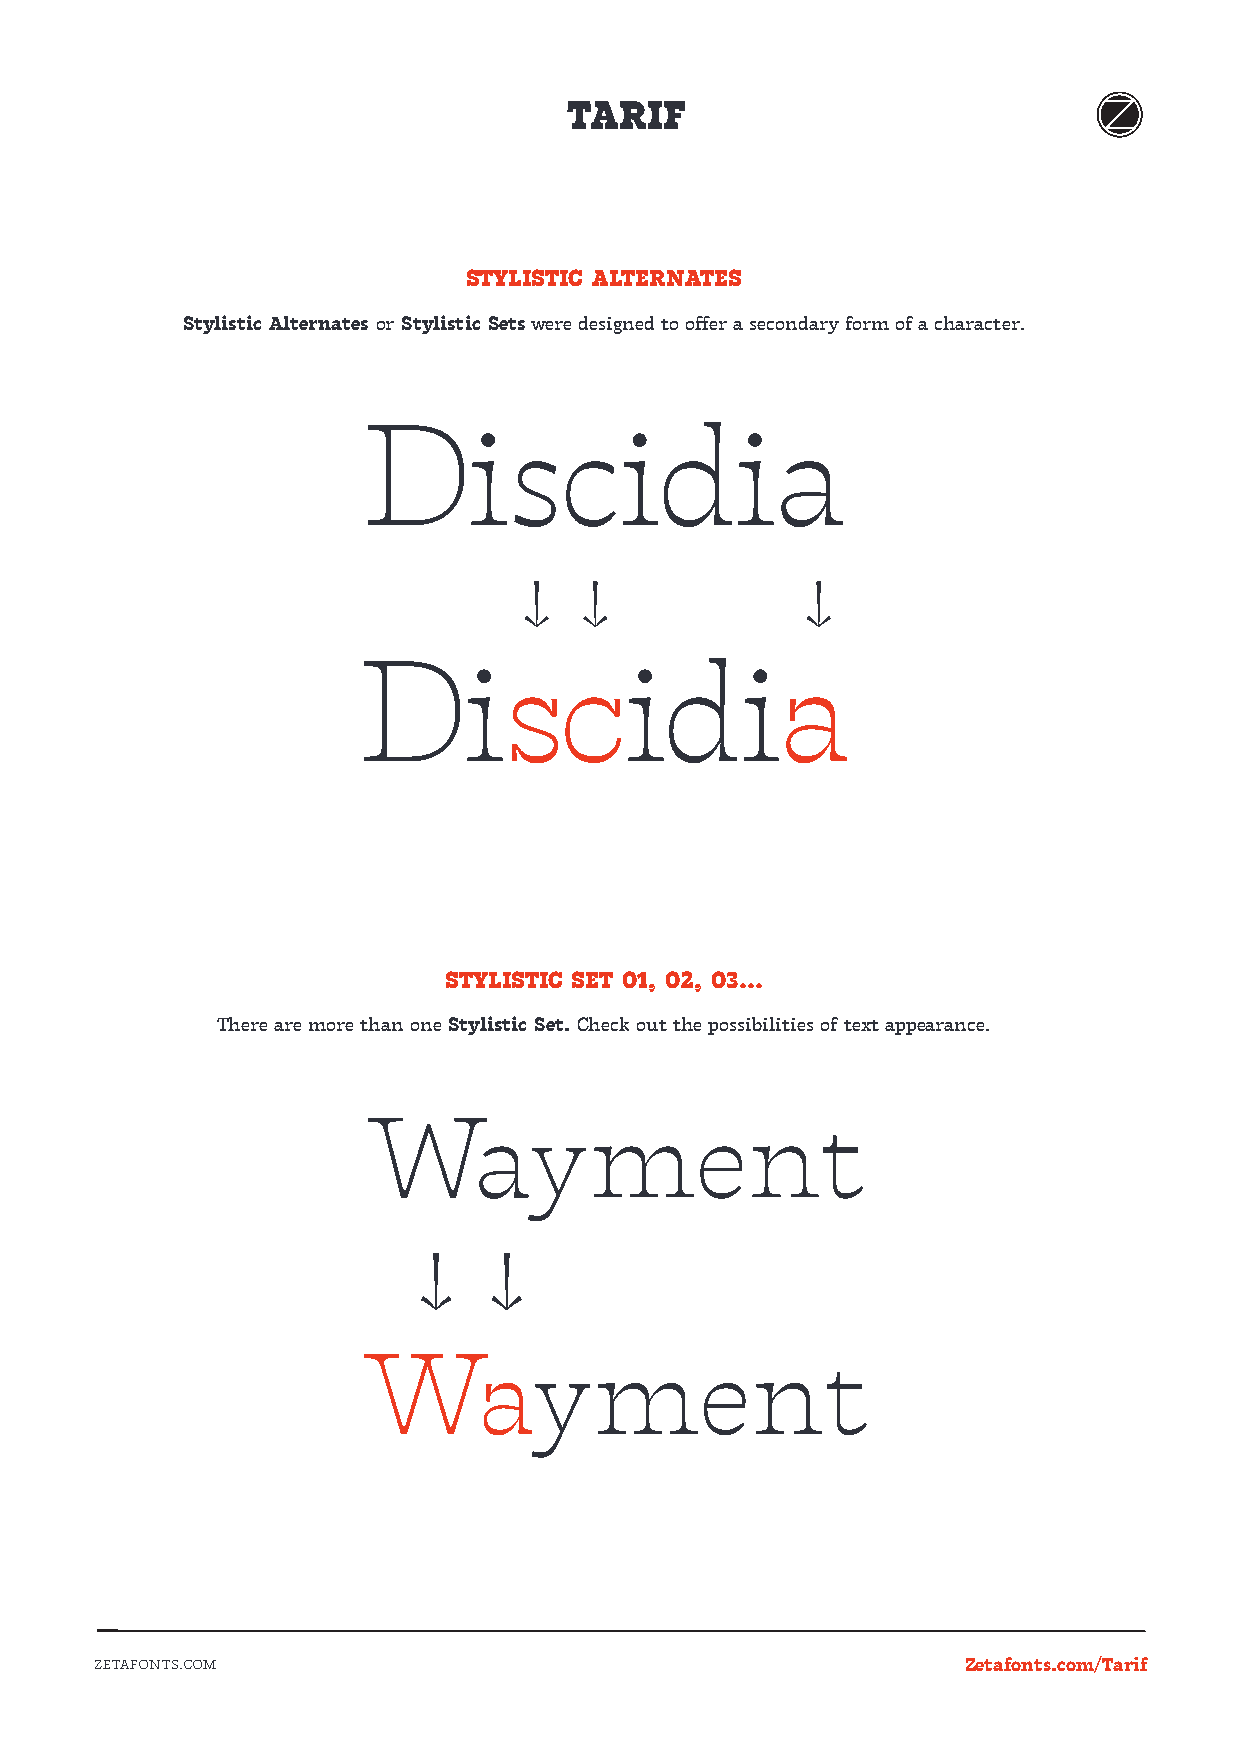
TARIF
 STYLISTIC ALTERNATES
 Stylistic Alternates or Stylistic Sets were designed to offer a secondary form of a character.
 Discidia
 ↓   ↓              ↓
 Discidia
 STYLISTIC SET 01, 02, 03...
 There are more than one Stylistic Set. Check out the possibilities of text appearance.
 Wayment
 ↓    ↓
 Wayment
 ZETAFONTS.COM                                             Zetafonts.com/Tarif